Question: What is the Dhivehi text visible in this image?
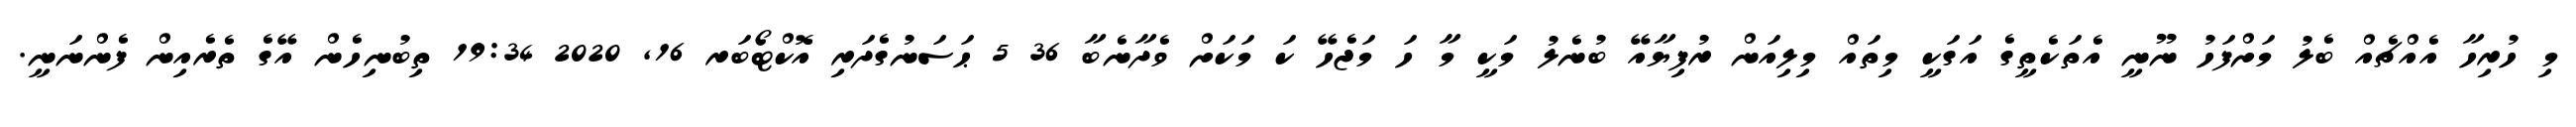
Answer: މި ހުރިހާ އެއްޗެއް ބެލު މަށްފަހު ނޫނީ އެތަކެތީގެ އަގަކީ މިތައް މިލިއަން ރުފިޔާއޭ ބުނެލު މަކީ މާ ހަ މަޖެހޭ ކަ މަކަށް ވެދާނެބާ 36 5 ޙަސަނުގެދަރި އޮކްޓޯބަރ 16, 2020 19:34 ތިބުނިހެން އޭގެ ތެރެއިން ފެންނަނީ.